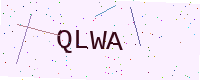
Text: QLWA